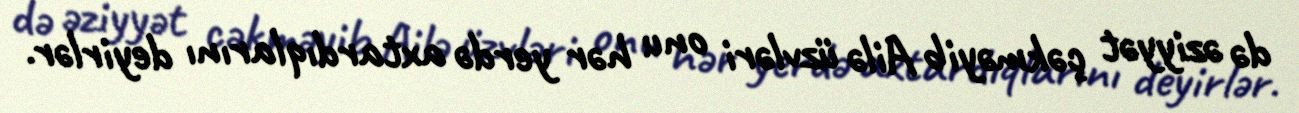
də əziyyət çəkməyib Ailə üzvləri onu hər yerdə axtardıqlarını deyirlər.